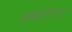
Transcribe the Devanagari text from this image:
अकॅशिया